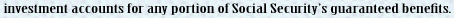
investment accounts for any portion of Social Security's guaranteed benefits.